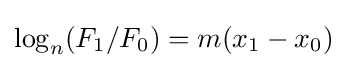
\log _{n}(F_{1}/F_{0})=m(x_{1}-x_{0})